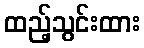
ထည့်သွင်းထား